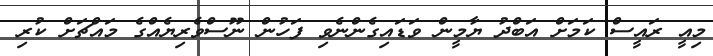
މިއީ ރައީސް ކަމަށް އަބްދު ޔާމީން ވަޑައިގެންނެވި ފަހުން ނޫސްވެރިޔެއްގެ މައްޗަށް ކުރި